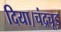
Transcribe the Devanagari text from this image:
दिया।चंद्रचूड़